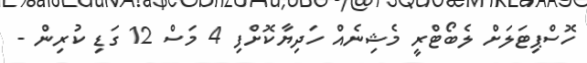
ހޮސްޕިޓަލަށް ލެބޯޓްރީ މެޝިނެއް ހަދިޔާކޮށްފި 4 މަސް 12 ގަޑި ކުރިން -